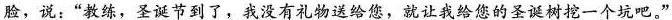
脸，说：”教练，圣诞节到了，我没有礼物送给您，就让我给您的圣诞树挖一个坑吧。”